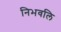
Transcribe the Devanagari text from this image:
निभवलि